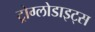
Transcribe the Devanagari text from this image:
ट्रोग्लोडाइट्स